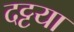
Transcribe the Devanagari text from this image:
दट्टया